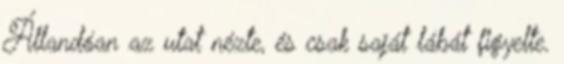
Állandóan az utat nézte, és csak saját lábát figyelte.